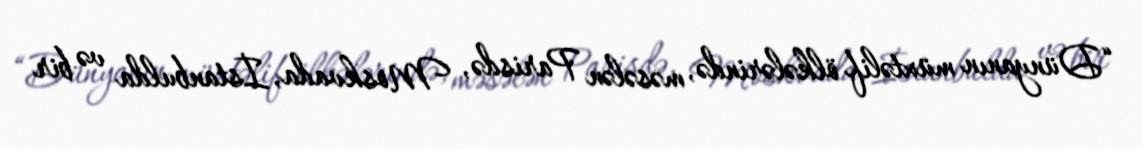
“Dünyanın müxtəlif ölkələrində, məsələn Parisdə, Moskvada, İstanbulda və bir